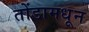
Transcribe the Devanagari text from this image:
तोंडामधून